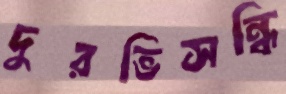
দুরভিসন্ধি